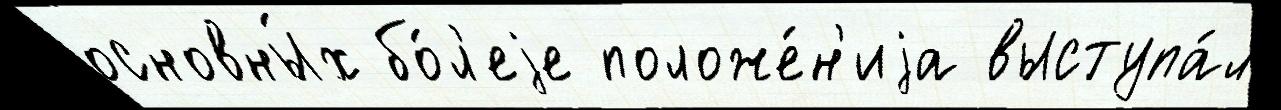
основны́х бо́л'еjе положе́н'иjа выступа́л